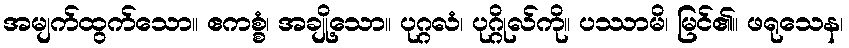
အမျက်ထွက်သော။ ဧကစ္စံ၊ အချို့သော။ ပုဂ္ဂလံ၊ ပုဂ္ဂိုလ်ကို။ ပဿာမိ၊ မြင်၏။ ဖရုသေန၊